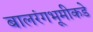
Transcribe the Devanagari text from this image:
बालरंगभूमीकडे